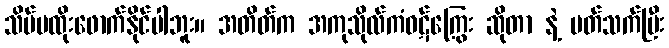
သိပ်မထိုးဖောက်နိုင်ပါဘူး။ အတိတ်က အကုသိုလ်ကံဝဋ်ကြွေး ဆိုတာ နဲ့ ပတ်သက်ပြီး